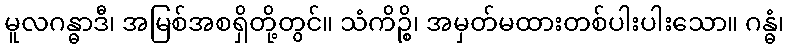
မူလဂန္ဓာဒီ၊ အမြစ်အစရှိတို့တွင်။ သံကိဉ္စိ၊ အမှတ်မထားတစ်ပါးပါးသော။ ဂန္ဓံ၊